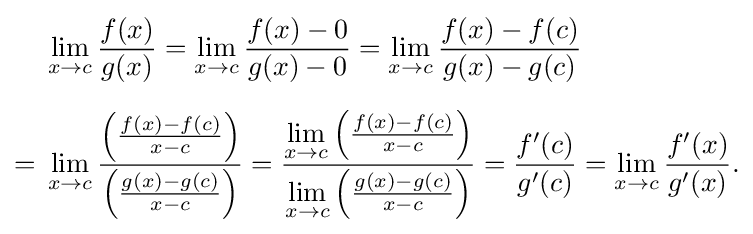
{\begin{aligned}&\lim _{x\to c}{\frac {f(x)}{g(x)}}=\lim _{x\to c}{\frac {f(x)-0}{g(x)-0}}=\lim _{x\to c}{\frac {f(x)-f(c)}{g(x)-g(c)}}\\[6pt]={}&\lim _{x\to c}{\frac {\left({\frac {f(x)-f(c)}{x-c}}\right)}{\left({\frac {g(x)-g(c)}{x-c}}\right)}}={\frac {\lim \limits _{x\to c}\left({\frac {f(x)-f(c)}{x-c}}\right)}{\lim \limits _{x\to c}\left({\frac {g(x)-g(c)}{x-c}}\right)}}={\frac {f'(c)}{g'(c)}}=\lim _{x\to c}{\frac {f'(x)}{g'(x)}}.\end{aligned}}